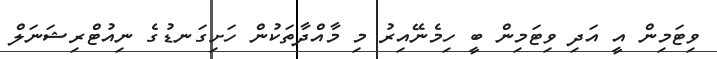
ވިޓަމިން އީ އަދި ވިޓަމިން ބީ ހިމެނޭއިރު މި މާއްދާތަކުން ހަށިގަނޑުގެ ނިއުޓްރިޝަނަލް